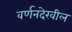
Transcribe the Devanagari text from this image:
वर्णनदेखील